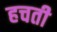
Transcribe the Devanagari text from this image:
हचती